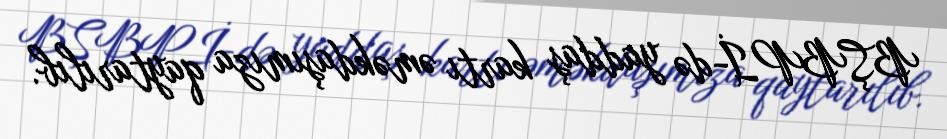
BŞBPİ-də yaddaş kartı əməkdaşımıza qaytarılıb.